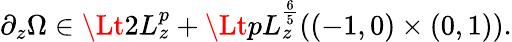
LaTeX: \begin{array}{r}{\partial_{z}\Omega\in\Lt 2L_{z}^{p}+\Lt pL_{z}^{\frac 65}((-1,0)\times(0,1)).}\end{array}